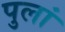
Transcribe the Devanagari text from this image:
पुलां